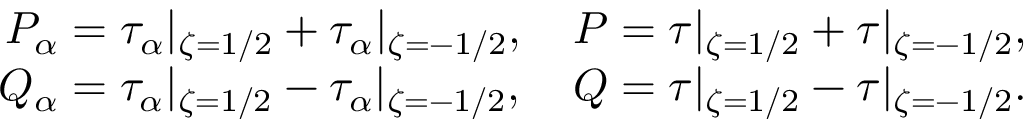
\begin{array} { r } { P _ { \alpha } = \tau _ { \alpha } | _ { \zeta = 1 / 2 } + \tau _ { \alpha } | _ { \zeta = - 1 / 2 } , \quad P = \tau | _ { \zeta = 1 / 2 } + \tau | _ { \zeta = - 1 / 2 } , } \\ { Q _ { \alpha } = \tau _ { \alpha } | _ { \zeta = 1 / 2 } - \tau _ { \alpha } | _ { \zeta = - 1 / 2 } , \quad Q = \tau | _ { \zeta = 1 / 2 } - \tau | _ { \zeta = - 1 / 2 } . } \end{array}